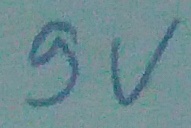
Text: 9V